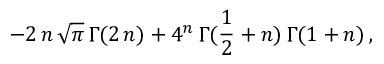
- 2 \, n \, { \sqrt { \pi } } \, { \Gamma } ( 2 \, n ) + { 4 ^ { n } } \, { \Gamma } ( { \frac { 1 } { 2 } } + n ) \, { \Gamma } ( 1 + n ) \, ,